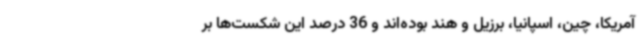
آمریکا، چین، اسپانیا، برزیل و هند بوده‌اند و 36 درصد این شکست‌ها بر